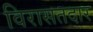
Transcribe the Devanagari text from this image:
विरासतदार